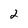
Character: 2